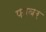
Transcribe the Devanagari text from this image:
फाबर